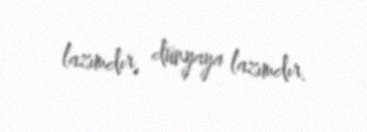
lazımdır, dünyaya lazımdır.